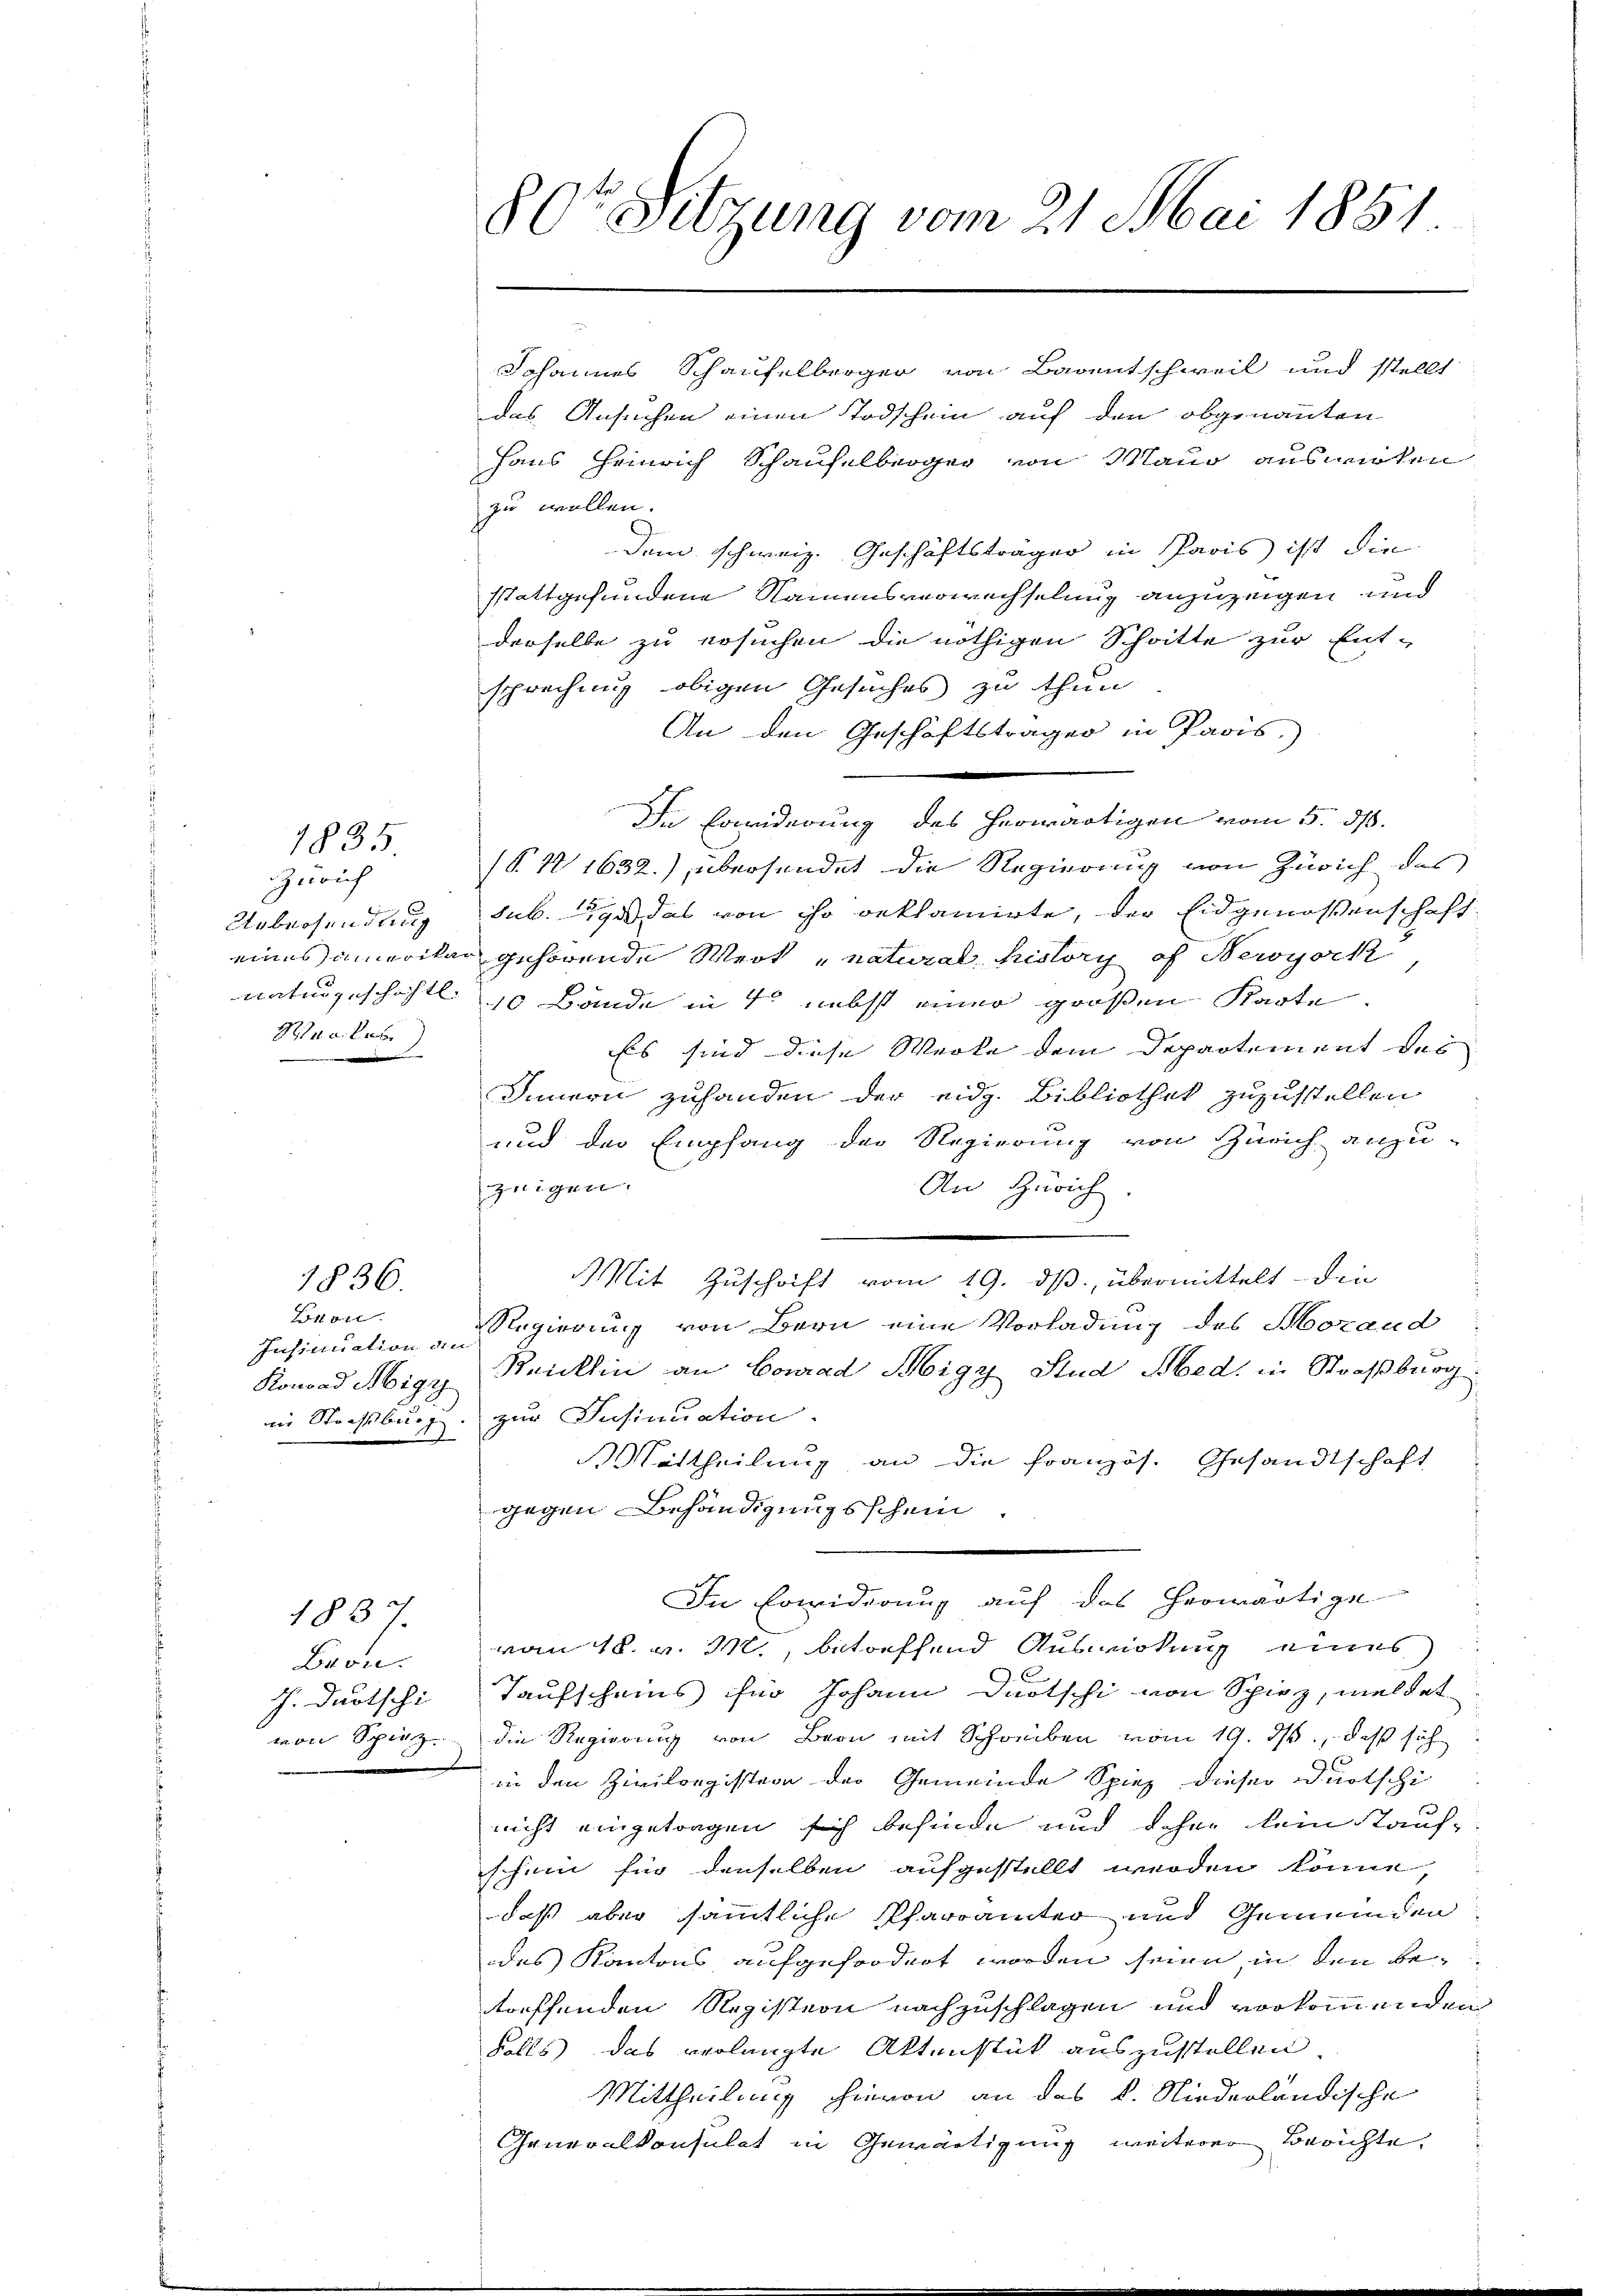
1835
Zürich

Uebersendung
minus immerikan
naturgeschichtl.
Ranke
d

1836.

Lonon
Insinuation an
Konrad Hbigy
nie Straßburg

1837.

Bron.
J. Durtschi
von Spiez.
x

80te Sitzung vom 21. Mai 1851

das Ansuchen einen Todschein auf den obgenannten
Haus Heinrich Schaufelberger von Maur auswirken
zu wollen.
Dem schweiz. Geschäftsträger in Paris ist die
sstattgefundene Namensverwechselung anzuzeigen und
derselbe zu ersuchen die nöthigen Schritte zur Ent-
sprechung obigen Gesuches zu thun
An den Geschäftstragen in Paris.
In Erwiderung des herwärtigen vom 5. ds.
(§. 11632), übersendet die Regierung von Zürich des
sub. 9 das von ihr reklamirte, der Eidgenossenschaft
gehörende Werk „natural history of Newyork
10 Bände in 4 nebst einer großen Karte.
Es sind diese Werke dem Departement des
Innern zuhanden der eidg. Bibliothek zuzustellen.
und der Empfang der Regierung von Zürich anzu-
zwigen.
An Zürich
Mit Zuschrift vom 19. ds. übermittelt die
Regierung von Bern eine Vorladung des Hozaud
Reiklin an Conrad Higy Stud Bbed. in Straßburg
zur Insinuation.
ittheilung an die Französ. Gesandtschaft
gegen Behändigungsschein.
In Erwiderung auf das herwärtige
vom 18. v. M., betreffend Auskung eines
Taufscheins für Johann Durtschi von Spiez, meldet
die Regierung von Bern mit Schreiben vom 19. ds., daß sich
in den Zivilegistern der Gemeinde Spiez dieser Dürtschi
nicht eingetragen sich befinde und Sohne kein Stauf-
schein für denselben aufgestellt werden könne,
daß aber sämmtliche Pfarrämter und Gemeinden
des Kantons aufgefordert worden seien in den betreffenden Registern nachzuschlagen und vorkommenden
falls das verlangte Aktenstück auszustellen,
Mittheilung hievon an das k. Niederländische
Generalkonsulat in Gewärtigung weiterer Berichte,

Johannes Schaufelberger von Barentschweil und stellt